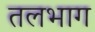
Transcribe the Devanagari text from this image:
तलभाग